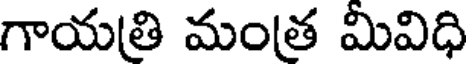
గాయత్రి మంత్ర మివిధి